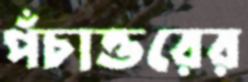
পঁচাত্তরের